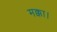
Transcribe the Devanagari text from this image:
मक्का।